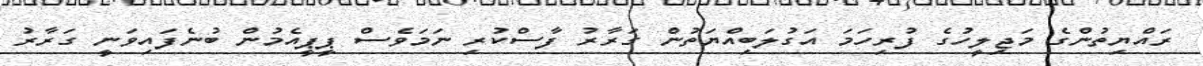
ރައްޔިތުންގެ މަޖިލީހުގެ ފުރިހަމަ އަގުލަބިއްޔަތުން ގަރާރު ފާސްކުރި ނަމަވެސް ޕީޕީއެމުން ބުނެފައިވަނީ ގަރާރު